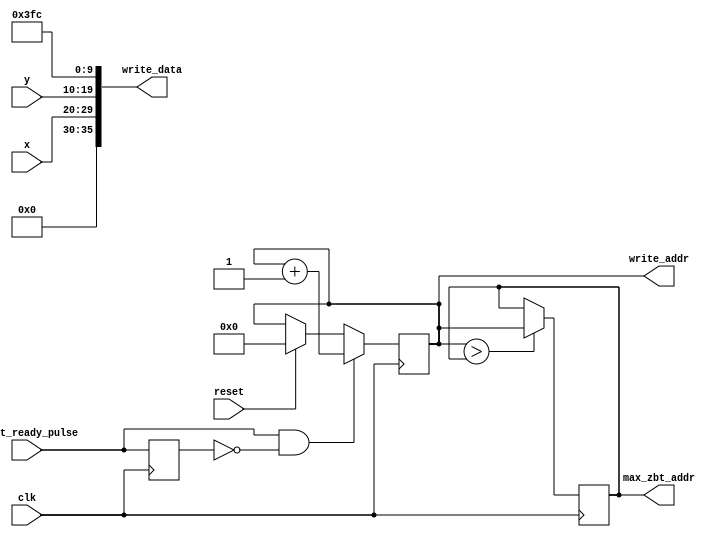
`timescale 1ns / 1ps
//////////////////////////////////////////////////////////////////////////////////
// Company: 
// Engineer: 
// 
// Design Name: 
// Module Name:    write_to_zbt 
// Project Name: 
// Target Devices: 
// Tool versions: 
// Description: 
//
// Dependencies: 
//
// Revision: 
// Revision 0.01 - File Created
// Additional Comments: 
//
//////////////////////////////////////////////////////////////////////////////////
module write_to_zbt(
		input wire clk,
		input wire reset,
		input wire point_ready_pulse,
		input wire [9:0] x,
		input wire [9:0] y,
		output reg [18:0] write_addr,
		output [35:0] write_data,
		output reg [18:0] max_zbt_addr // largest ZBT address we've written to
    );
	 
	reg [10:0] point;
	reg [2:0] counter;
	reg last_point_ready_pulse;
	always @(posedge clk) begin
		last_point_ready_pulse <= point_ready_pulse;
		if(reset) write_addr <= 0;
		max_zbt_addr <= (write_addr > max_zbt_addr) ? write_addr : max_zbt_addr; 
		if(point_ready_pulse && ~last_point_ready_pulse) begin
			write_addr <= write_addr + 1;
			//write_data <= {6'b0,x,y,10'b1111_1111_00};
		end
	end
	assign write_data = {6'b0,x,y,10'b1111_1111_00};
endmodule